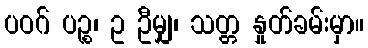
ပဝဂ် ပဉ္စ၊ ဥ ဦမျှ၊ သတ္တ နှုတ်ခမ်းမှာ။